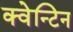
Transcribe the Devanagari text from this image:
क्वेन्टिन